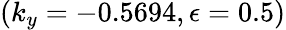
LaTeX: (k_{y}=-0.5694,\epsilon=0.5)